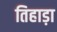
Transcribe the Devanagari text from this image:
तिहाड़ा